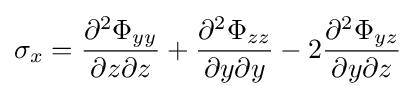
\sigma _{x}={\frac {\partial ^{2}\Phi _{yy}}{\partial z\partial z}}+{\frac {\partial ^{2}\Phi _{zz}}{\partial y\partial y}}-2{\frac {\partial ^{2}\Phi _{yz}}{\partial y\partial z}}